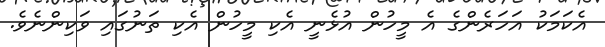
އެކަމަކު އަހަރެންގެ އެ މީހުން އުޅެނީ އެކި މީހުން އެކި ތަނުގައި ވަކިންނެވެ.